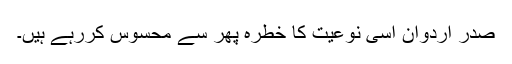
صدر اردوان اسی نوعیت کا خطرہ پھر سے محسوس کررہے ہیں۔